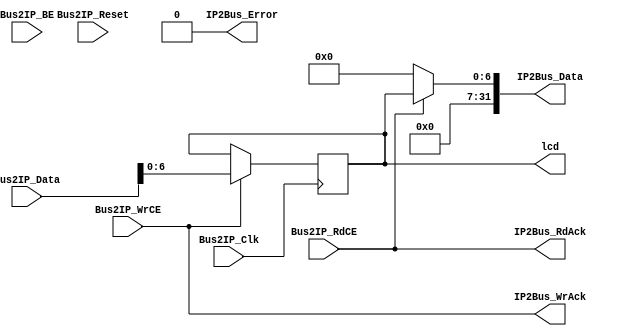
//*****************************************************************************
//* LCD interfsz modul.                                                      *
//* Rendszerarchitektrk labor, 2. EDK-s mrs.                              *
//*****************************************************************************
module lcd_user_logic(
   //A PLB IPIF interfsz portjai.
   Bus2IP_Clk,                     //rajel.
   Bus2IP_Reset,                   //Reset jel.
   Bus2IP_Data,                    //rsi adatbusz (IPIF -> IP).
   Bus2IP_BE,                      //Bjt engedlyez jelek.
   Bus2IP_RdCE,                    //Regiszter olvass engedlyez jelek.
   Bus2IP_WrCE,                    //Regiszter rs engedlyez jelek.
   IP2Bus_Data,                    //Olvassi adatbusz (IP -> IPIF).
   IP2Bus_RdAck,                   //Regiszter olvass nyugtz jel.
   IP2Bus_WrAck,                   //Regiszter rs nyugtz jel.
   IP2Bus_Error,                   //Hibajelzs az IPIF fel.
   
   //Az LCD interfsz portjai.
   lcd
);

//*****************************************************************************
//* A PLB IPIF interfsz paramterei (EZEKET NE MDOSTSA!).                  *
//*****************************************************************************
parameter C_SLV_DWIDTH = 32;
parameter C_NUM_REG    = 1;


//*****************************************************************************
//* A PLB IPIF interfsz portjainak definilsa (EZEKET NE MDOSTSA!).       *
//*****************************************************************************
input  wire                        Bus2IP_Clk;
input  wire                        Bus2IP_Reset;
input  wire [0 : C_SLV_DWIDTH-1]   Bus2IP_Data;
input  wire [0 : C_SLV_DWIDTH/8-1] Bus2IP_BE;
input  wire [0 : C_NUM_REG-1]      Bus2IP_RdCE;
input  wire [0 : C_NUM_REG-1]      Bus2IP_WrCE;
output reg  [0 : C_SLV_DWIDTH-1]   IP2Bus_Data;
output wire                        IP2Bus_RdAck;
output wire                        IP2Bus_WrAck;
output wire                        IP2Bus_Error;


//*****************************************************************************
//* Az LCD interfsz portjainak definilsa (EZEKET NE MDOSTSA!).           *
//*****************************************************************************
output reg  [6:0]                  lcd;


//*****************************************************************************
//* Az rsi adatbusz bitjeinek megfordtsa.                                 *
//* A tovbbiakban a Bus2IP_Data jel helyett hasznlja a wr_data jelet.       *
//*****************************************************************************
reg     [C_SLV_DWIDTH-1:0] wr_data;
reg     [C_SLV_DWIDTH-1:0] rd_data;
integer                    i;

always @(*)
   for (i = 0; i < C_SLV_DWIDTH; i = i + 1)
   begin
      wr_data[i] <= Bus2IP_Data[C_SLV_DWIDTH-i-1];
      IP2Bus_Data[i] <= rd_data[C_SLV_DWIDTH-i-1];
   end
      

//*****************************************************************************
//* A nyugtz- s hibajelek meghajtsa.                                      *
//*****************************************************************************
assign IP2Bus_WrAck = |Bus2IP_WrCE;
assign IP2Bus_RdAck = |Bus2IP_RdCE;
assign IP2Bus_Error = 1'b0;


//*****************************************************************************
//* LCD adatregiszter (BZIS+0x00).                                           *
//*****************************************************************************
always @ (posedge Bus2IP_Clk)
if (Bus2IP_WrCE[0])
    lcd <= wr_data[6:0];

//*****************************************************************************
//* Az olvassi adatbusz meghajtsa.                                          *
//*****************************************************************************
always @ ( * )
if (Bus2IP_RdCE[0])
    rd_data <= {25'b0, lcd};
else
    rd_data <= 32'b0;

endmodule